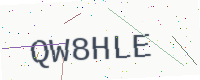
Text: QW8HLE